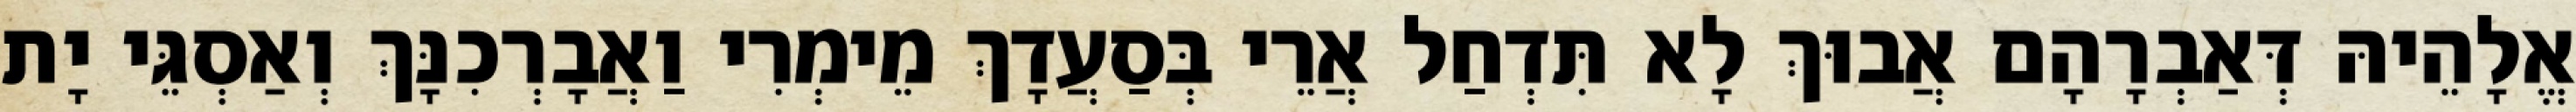
אֱלָהֵיהּ דְּאַבְרָהָם אֲבוּךְ לָא תִּדְחַל אֲרֵי בְּסַעֲדָךְ מֵימְרִי וַאֲבָרְכִנָּךְ וְאַסְגֵּי יָת